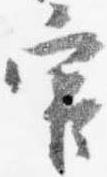
官